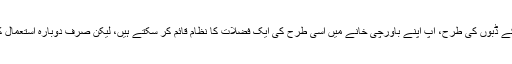
معمول کے ڈبوں کی طرح، آپ اپنے باورچی خانے میں اسی طرح کی ایک فضلات کا نظام قائم کر سکتے ہیں، لیکن صرف دوبارہ استعمال کے لئے۔